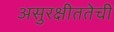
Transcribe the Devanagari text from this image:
असुरक्षीततेची